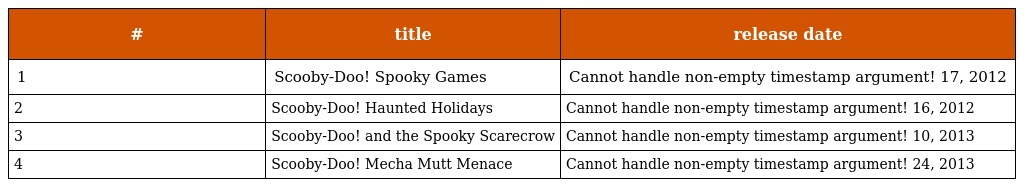
| # | title | release date |
 | --- | --- | --- |
 | 1 | Scooby-Doo! Spooky Games | Cannot handle non-empty timestamp argument! 17, 2012 |
 | 2 | Scooby-Doo! Haunted Holidays | Cannot handle non-empty timestamp argument! 16, 2012 |
 | 3 | Scooby-Doo! and the Spooky Scarecrow | Cannot handle non-empty timestamp argument! 10, 2013 |
 | 4 | Scooby-Doo! Mecha Mutt Menace | Cannot handle non-empty timestamp argument! 24, 2013 |